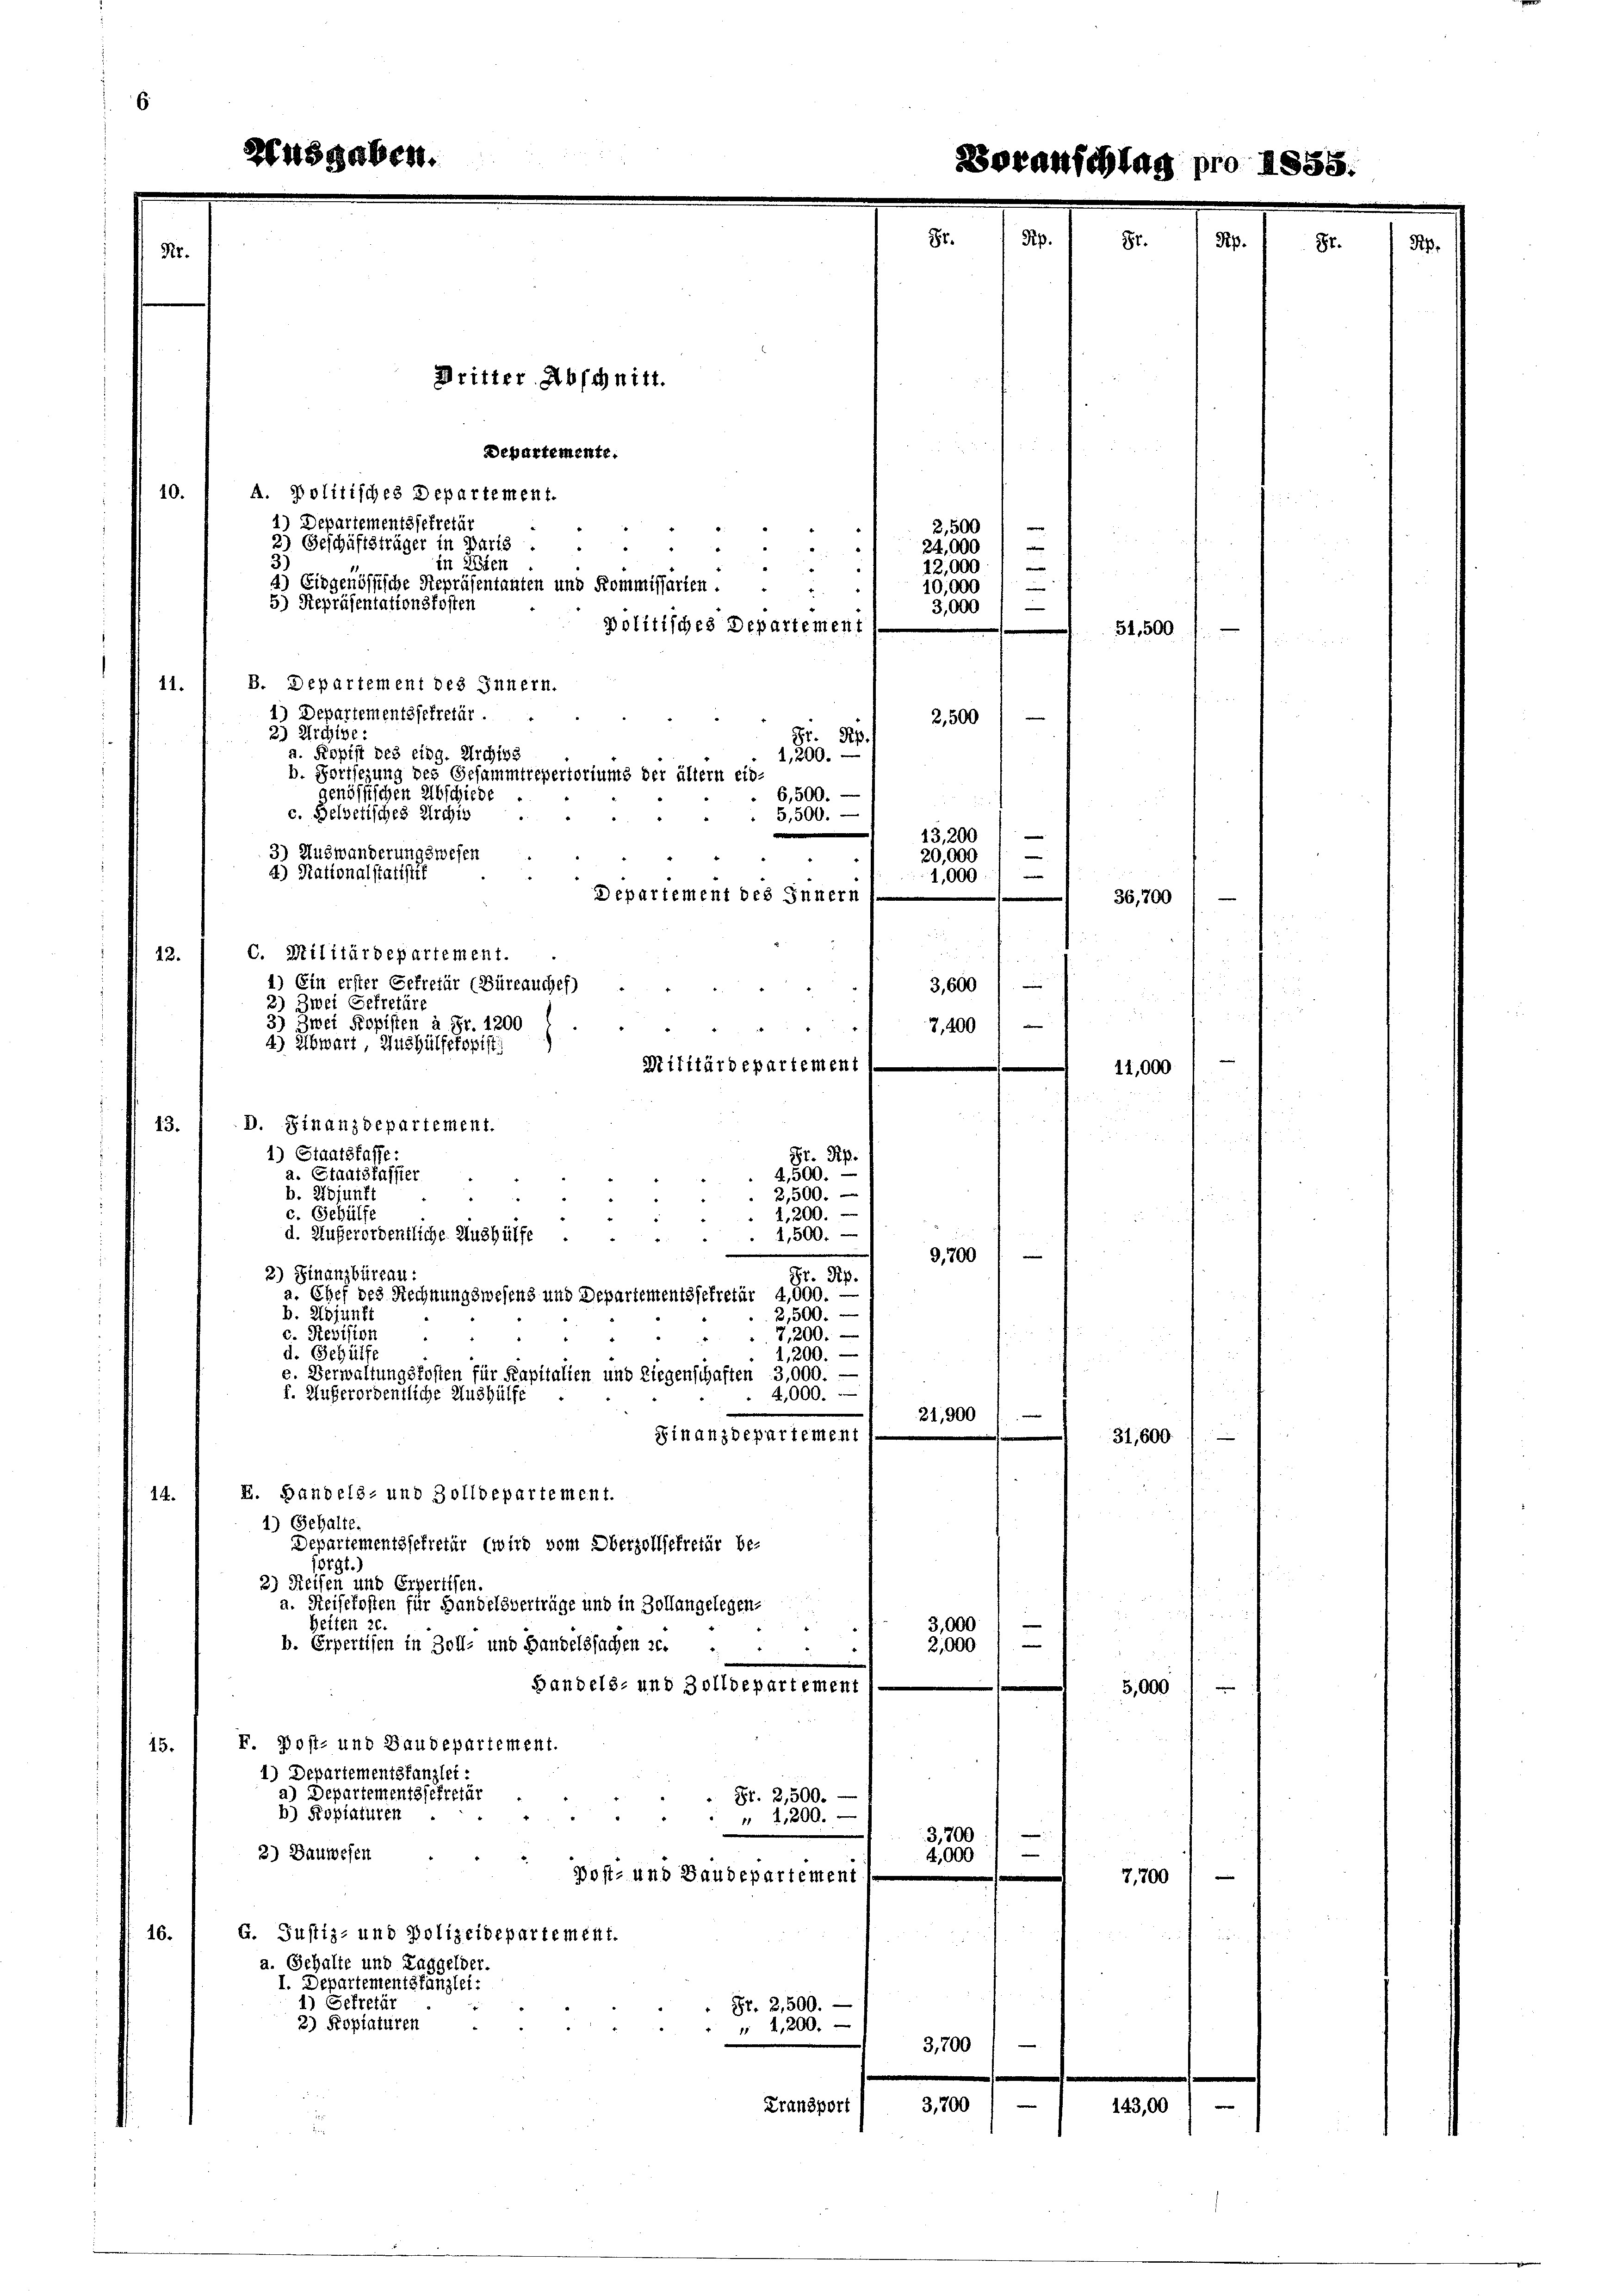
Nr.

Dritter Abschnitt.
Departemente.
A. Politisches Departement.
10.
1) Departementssekretär
2,500
2) Geschäftsträger in Paris .
24,000
.
3
in Wien
12,000
d
4) Eidgenössische Repräsentanten und Kommissarten . .
10,000
4
5) Repräsentationskosten
3,000
politisches Departement
51,500
B. Departement des Innern.
11.
1) Departementssekretär.
2,500
23 Archive:
Gr. Rp.
a. Kopist des eidg. Archivs
1,200.
b. Fortsezung des Gesammtrepertoriums der ältern ein
genössischen Abschiede
6,500. —
c. Belvetisches Archis
5,500.
13,200
3) Auswanderungswesen
20,000
d) Nationalstatistif
1,000
Departement des Innern
36,700
a
C. Militärdepartement.
12.
4) Ein erster Gefretär (Büreauches)
3,600
d
2) Zwei Gefretäre
3) Zwei Popisten à Fr. 1200
7,400)
4) Abwart, Aushülfetopist
Militärdepartement
11,000
D. Finanzdepartement.
13.
1) Staatsfasse:
St. Pip
e
a. Staatsfasster
4,500.
2,500.
b. Zöjunft
c. Gehülfe
2,200.
d. Außerordentliche Aushülfe
4,500.
9,700
2) Finanzbüreau.
St. Pip.
a. Chef des Rechnungswesens und Departementssekretär 4,000.-
b. Adjunft
2,500.
c. Revision
7,200.
d. Gehülfe
1,200.
e. Verwaltungskosten für Kapitalien und Liegenschaften 3,000. —
f. Außerordentliche Aushülfe
4,000.
21,900
i
Finanzdepartement
31,600
I. Handels- und Zolldepartement.
14.
1) Gehalte.
Departementssekretär (wird vom Oberzollsekretär be-
otgl.)
2) Reisen und Erpertisen.
a. Reisekosten für Handelsverträge und in Zollangelegen-
Zeiten 26.
3,000
b. Erpertisen in Zoll- und Handelssachen u.
2,000
Handels- und Zolldepartement
5,000
F. Post- und Baudepartement.
15.
1.) Departementstanzlei:
a) Departementssekretär
Fr. 2,500.
b) Kopiaturen
 " 1200.
3,700
e
2) Bauwesen
4,000
Post- und Baudepartement
7,700
16.
G. Justiz- und Polizeidepartement.
a. Gehalte und Taggelder.
I. Departementstanzlei:
1) Sekretär
Fr. 2,500.
3) Kopiaturen
 1,200.
3,700
3,700
143,00
Transport
e